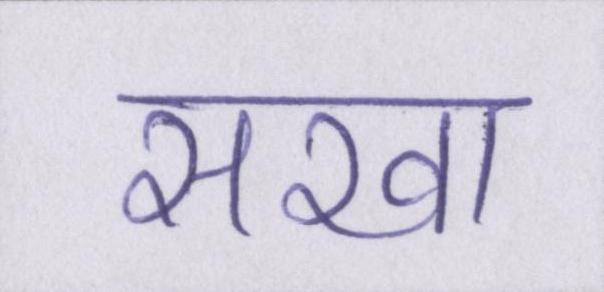
सखा